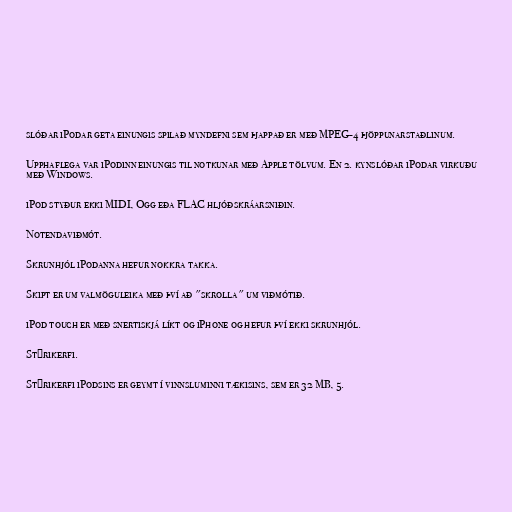
slóðar iPodar geta einungis spilað myndefni sem þjappað er með MPEG-4 þjöppunarstaðlinum.

Upphaflega var iPodinn einungis til notkunar með Apple tölvum. En 2. kynslóðar iPodar virkuðu
með Windows.

iPod styður ekki MIDI, Ogg eða FLAC hljóðskráarsniðin.

Notendaviðmót.

Skrunhjól iPodanna hefur nokkra takka.

Skipt er um valmöguleika með því að "skrolla" um viðmótið.

iPod touch er með snertiskjá líkt og iPhone og hefur því ekki skrunhjól.

Stýrikerfi.

Stýrikerfi iPodsins er geymt í vinnsluminni tækisins, sem er 32 MB, 5.